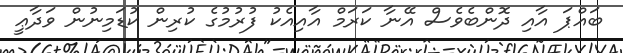
ބައްޕަ އާއި ދޮންބެވެސް އޭނާ ކަރަމް އާއިއެކު ފުރުމުގެ ކުރިން ކުޑަމިނުން ވަދާޢީ